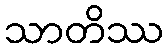
သာတိဿ